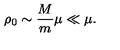
\rho _ { 0 } \sim { \frac { M } { m } } \mu \ll \mu .